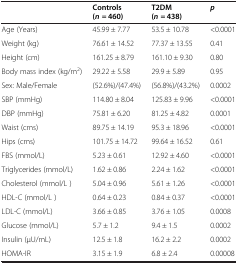
<table><thead><tr><td><b> </b></td><td><b>Controls (<i>n =</i> 460)</b></td><td><b>T2DM (<i>n =</i> 438)</b></td><td><b><i>p</i></b></td></tr></thead><tbody><tr><td>Age (Years)</td><td>45.99 ± 7.77</td><td>53.5 ± 10.78</td><td>&lt;0.0001</td></tr><tr><td>Weight (kg)</td><td>76.61 ± 14.52</td><td>77.37 ± 13.55</td><td>0.41</td></tr><tr><td>Height (cm)</td><td>161.25 ± 8.79</td><td>161.10 ± 9.30</td><td>0.80</td></tr><tr><td>Body mass index (kg/m<sup>2</sup>)</td><td>29.22 ± 5.58</td><td>29.9 ± 5.89</td><td>0.95</td></tr><tr><td>Sex: Male/Female</td><td>(52.6%)/(47.4%)</td><td>(56.8%)/(43.2%)</td><td>0.0002</td></tr><tr><td>SBP (mmHg)</td><td>114.80 ± 8.04</td><td>125.83 ± 9.96</td><td>&lt;0.0001</td></tr><tr><td>DBP (mmHg)</td><td>75.81 ± 6.20</td><td>81.25 ± 4.82</td><td>0.0001</td></tr><tr><td>Waist (cms)</td><td>89.75 ± 14.19</td><td>95.3 ± 18.96</td><td>&lt;0.0001</td></tr><tr><td>Hips (cms)</td><td>101.75 ± 14.72</td><td>99.64 ± 16.52</td><td>0.61</td></tr><tr><td>FBS (mmol/L)</td><td>5.23 ± 0.61</td><td>12.92 ± 4.60</td><td>&lt;0.0001</td></tr><tr><td>Triglycerides (mmol/L)</td><td>1.62 ± 0.86</td><td>2.24 ± 1.62</td><td>&lt;0.0001</td></tr><tr><td>Cholesterol (mmol/L )</td><td>5.04 ± 0.96</td><td>5.61 ± 1.26</td><td>&lt;0.0001</td></tr><tr><td>HDL-C (mmol/L )</td><td>0.64 ± 0.23</td><td>0.84 ± 0.37</td><td>&lt;0.0001</td></tr><tr><td>LDL-C (mmol/L)</td><td>3.66 ± 0.85</td><td>3.76 ± 1.05</td><td>0.0008</td></tr><tr><td>Glucose (mmol/L)</td><td>5.7 ± 1.2</td><td>9.4 ± 1.5</td><td>0.0002</td></tr><tr><td>Insulin (μU/mL)</td><td>12.5 ± 1.8</td><td>16.2 ± 2.2</td><td>0.0002</td></tr><tr><td>HOMA-IR</td><td>3.15 ± 1.9</td><td>6.8 ± 2.4</td><td>0.00008</td></tr></tbody></table>